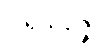
ပါရိသဇ္ဇေ